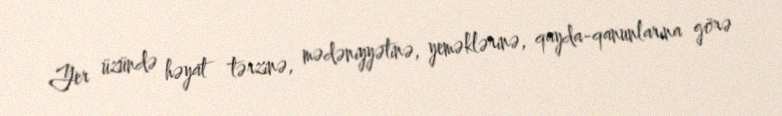
Yer üzündə həyat tərzinə, mədəniyyətinə, yeməklərinə, qayda-qanunlarına görə